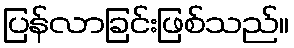
ပြန်လာခြင်းဖြစ်သည်။